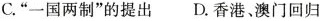
C.”一国两制”的提出 D.香港、澳门回归